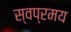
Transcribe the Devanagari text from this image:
स्वप्रमय